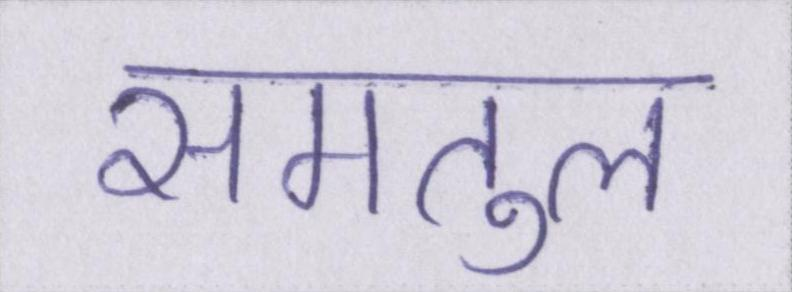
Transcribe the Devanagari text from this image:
समतुल